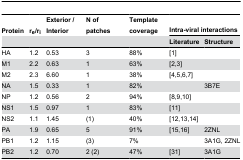
<table><thead><tr><td><b>Protein</b></td><td><b>r<sub>e</sub>/r<sub>i</sub></b></td><td><b>Exterior / Interior</b></td><td><b>N of patches</b></td><td><b>Template coverage</b></td><td colspan="2"><b>Intra-viral interactions</b></td></tr><tr><td></td><td></td><td></td><td></td><td></td><td><b>Literature</b></td><td><b>Structure</b></td></tr></thead><tbody><tr><td>HA</td><td>1.2</td><td>0.53</td><td>3</td><td>88%</td><td>[1]</td><td></td></tr><tr><td>M1</td><td>2.2</td><td>0.63</td><td>1</td><td>63%</td><td>[2,3]</td><td></td></tr><tr><td>M2</td><td>2.3</td><td>6.60</td><td>1</td><td>38%</td><td>[4,5,6,7]</td><td></td></tr><tr><td>NA</td><td>1.5</td><td>0.33</td><td>1</td><td>82%</td><td></td><td>3B7E</td></tr><tr><td>NP</td><td>1.2</td><td>0.56</td><td>2</td><td>94%</td><td>[8,9,10]</td><td></td></tr><tr><td>NS1</td><td>1.5</td><td>0.97</td><td>1</td><td>83%</td><td>[11]</td><td></td></tr><tr><td>NS2</td><td>1.1</td><td>1.45</td><td>(1)</td><td>40%</td><td>[12,13,14]</td><td></td></tr><tr><td>PA</td><td>1.9</td><td>0.65</td><td>5</td><td>91%</td><td>[15,16]</td><td>2ZNL</td></tr><tr><td>PB1</td><td>1.2</td><td>1.15</td><td>(3)</td><td>7%</td><td></td><td>3A1G, 2ZNL</td></tr><tr><td>PB2</td><td>1.2</td><td>0.70</td><td>2 (2)</td><td>47%</td><td>[31]</td><td>3A1G</td></tr></tbody></table>